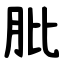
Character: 肶